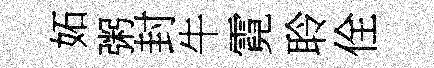
妬粥封牛霓聆佺